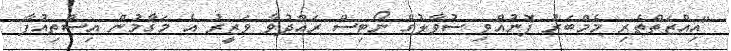
"އިއްޒަތްތެރި މެމްބަރު ފޮނުއްވި ސުވާލުގެ ނޯޓިސް ރައްދުވާ ވަޒީރު އެ މަގާމުން އިސްތިއުފާ